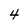
Character: 4